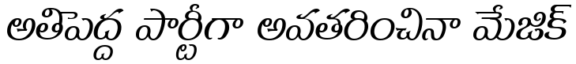
అతిపెద్ద పార్టీగా అవతరించినా మేజిక్